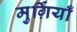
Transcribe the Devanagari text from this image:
मुर्ग़ियाँ